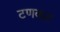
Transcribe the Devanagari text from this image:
टणकट